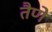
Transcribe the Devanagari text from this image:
तैणे